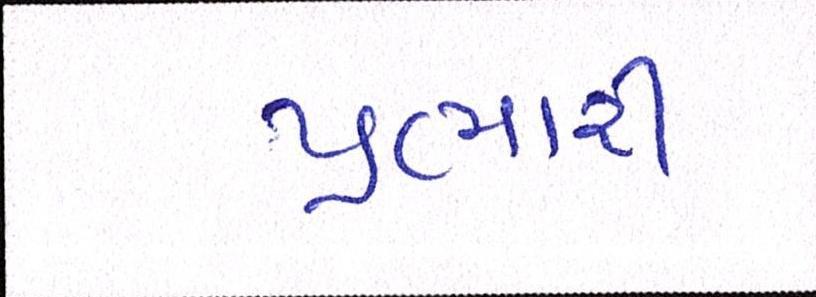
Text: પ્રભારી